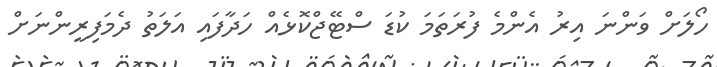
ހޯލަށް ވަންނަ އިރު އެންމެ ފުރަތަމަ ކުޑަ ސްޓޭޖްކޮޅެއް ހަދާފައި އަލަތު ދެމަފިރީންނަށް